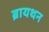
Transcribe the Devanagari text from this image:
ब्रायथन